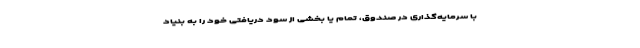
با سرمایه‌گذاری در صندوق، تمام یا بخشی از سود دریافتی خود را به بنیاد